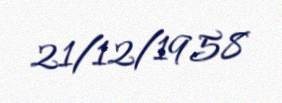
21/12/1958